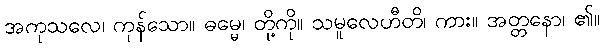
အကုသလေ၊ ကုန်သော။ ဓမ္မေ၊ တို့ကို။ သမူလေဟီတိ၊ ကား။ အတ္တနော၊ ၏။